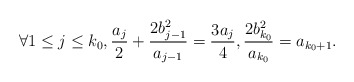
\begin{align*}\forall 1 \leq j \leq k_0, \frac{a_j}{2}+\frac{2b_{j-1}^2}{a_{j-1}}=\frac{3a_j}{4}, \frac{2b_{k_0}^2}{a_{k_0}}=a_{k_0+1}.\end{align*}